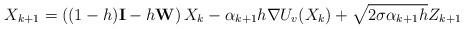
LaTeX: \begin{align*}X_{k+1} = \left((1-h)\mathbf{I}-h\mathbf{W}\right)X_k-\alpha_{k+1}h \nabla U_v(X_k) + \sqrt{2\sigma\alpha_{k+1}h} Z_{k+1}\end{align*}